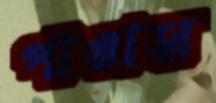
পাঙাস